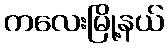
ကလေးမြို့နယ်